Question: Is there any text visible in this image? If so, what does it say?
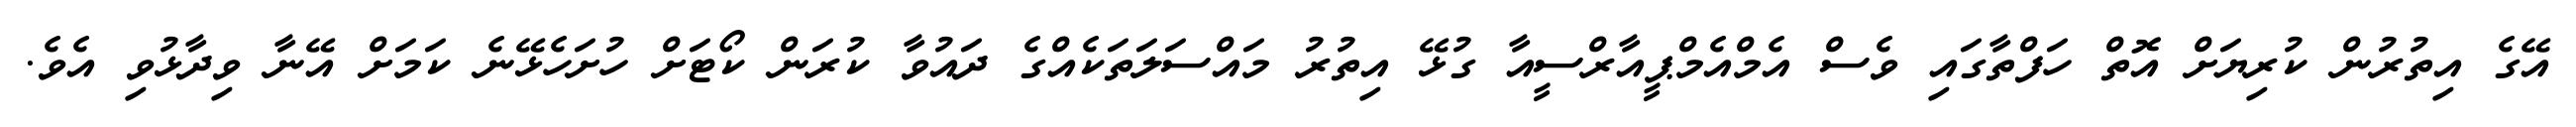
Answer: އޭގެ އިތުރުން ކުރިޔަށް އޮތް ހަފްތާގައި ވެސް އެމްއެމްޕީއާރްސީއާ ގުޅޭ އިތުރު މައްސަލަތަކެއްގެ ދައުވާ ކުރަން ކޯޓަށް ހުށަހެޅޭނެ ކަމަށް އޭނާ ވިދާޅުވި އެވެ.